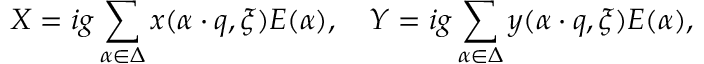
X = i g \sum _ { \alpha \in \Delta } x ( \alpha \cdot q , \xi ) E ( \alpha ) , \quad Y = i g \sum _ { \alpha \in \Delta } y ( \alpha \cdot q , \xi ) E ( \alpha ) ,